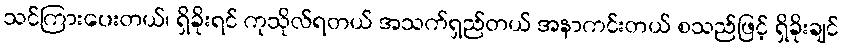
သင်ကြားပေးတယ်၊ ရှိခိုးရင် ကုသိုလ်ရတယ် အသက်ရှည်တယ် အနာကင်းတယ် စသည်ဖြင့် ရှိခိုးချင်